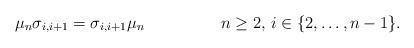
LaTeX: \begin{align*}&\mu_n\sigma_{i,i+1}=\sigma_{i,i+1}\mu_n&&n\geq2,\,i\in\{2,\dots,n-1\}.\end{align*}